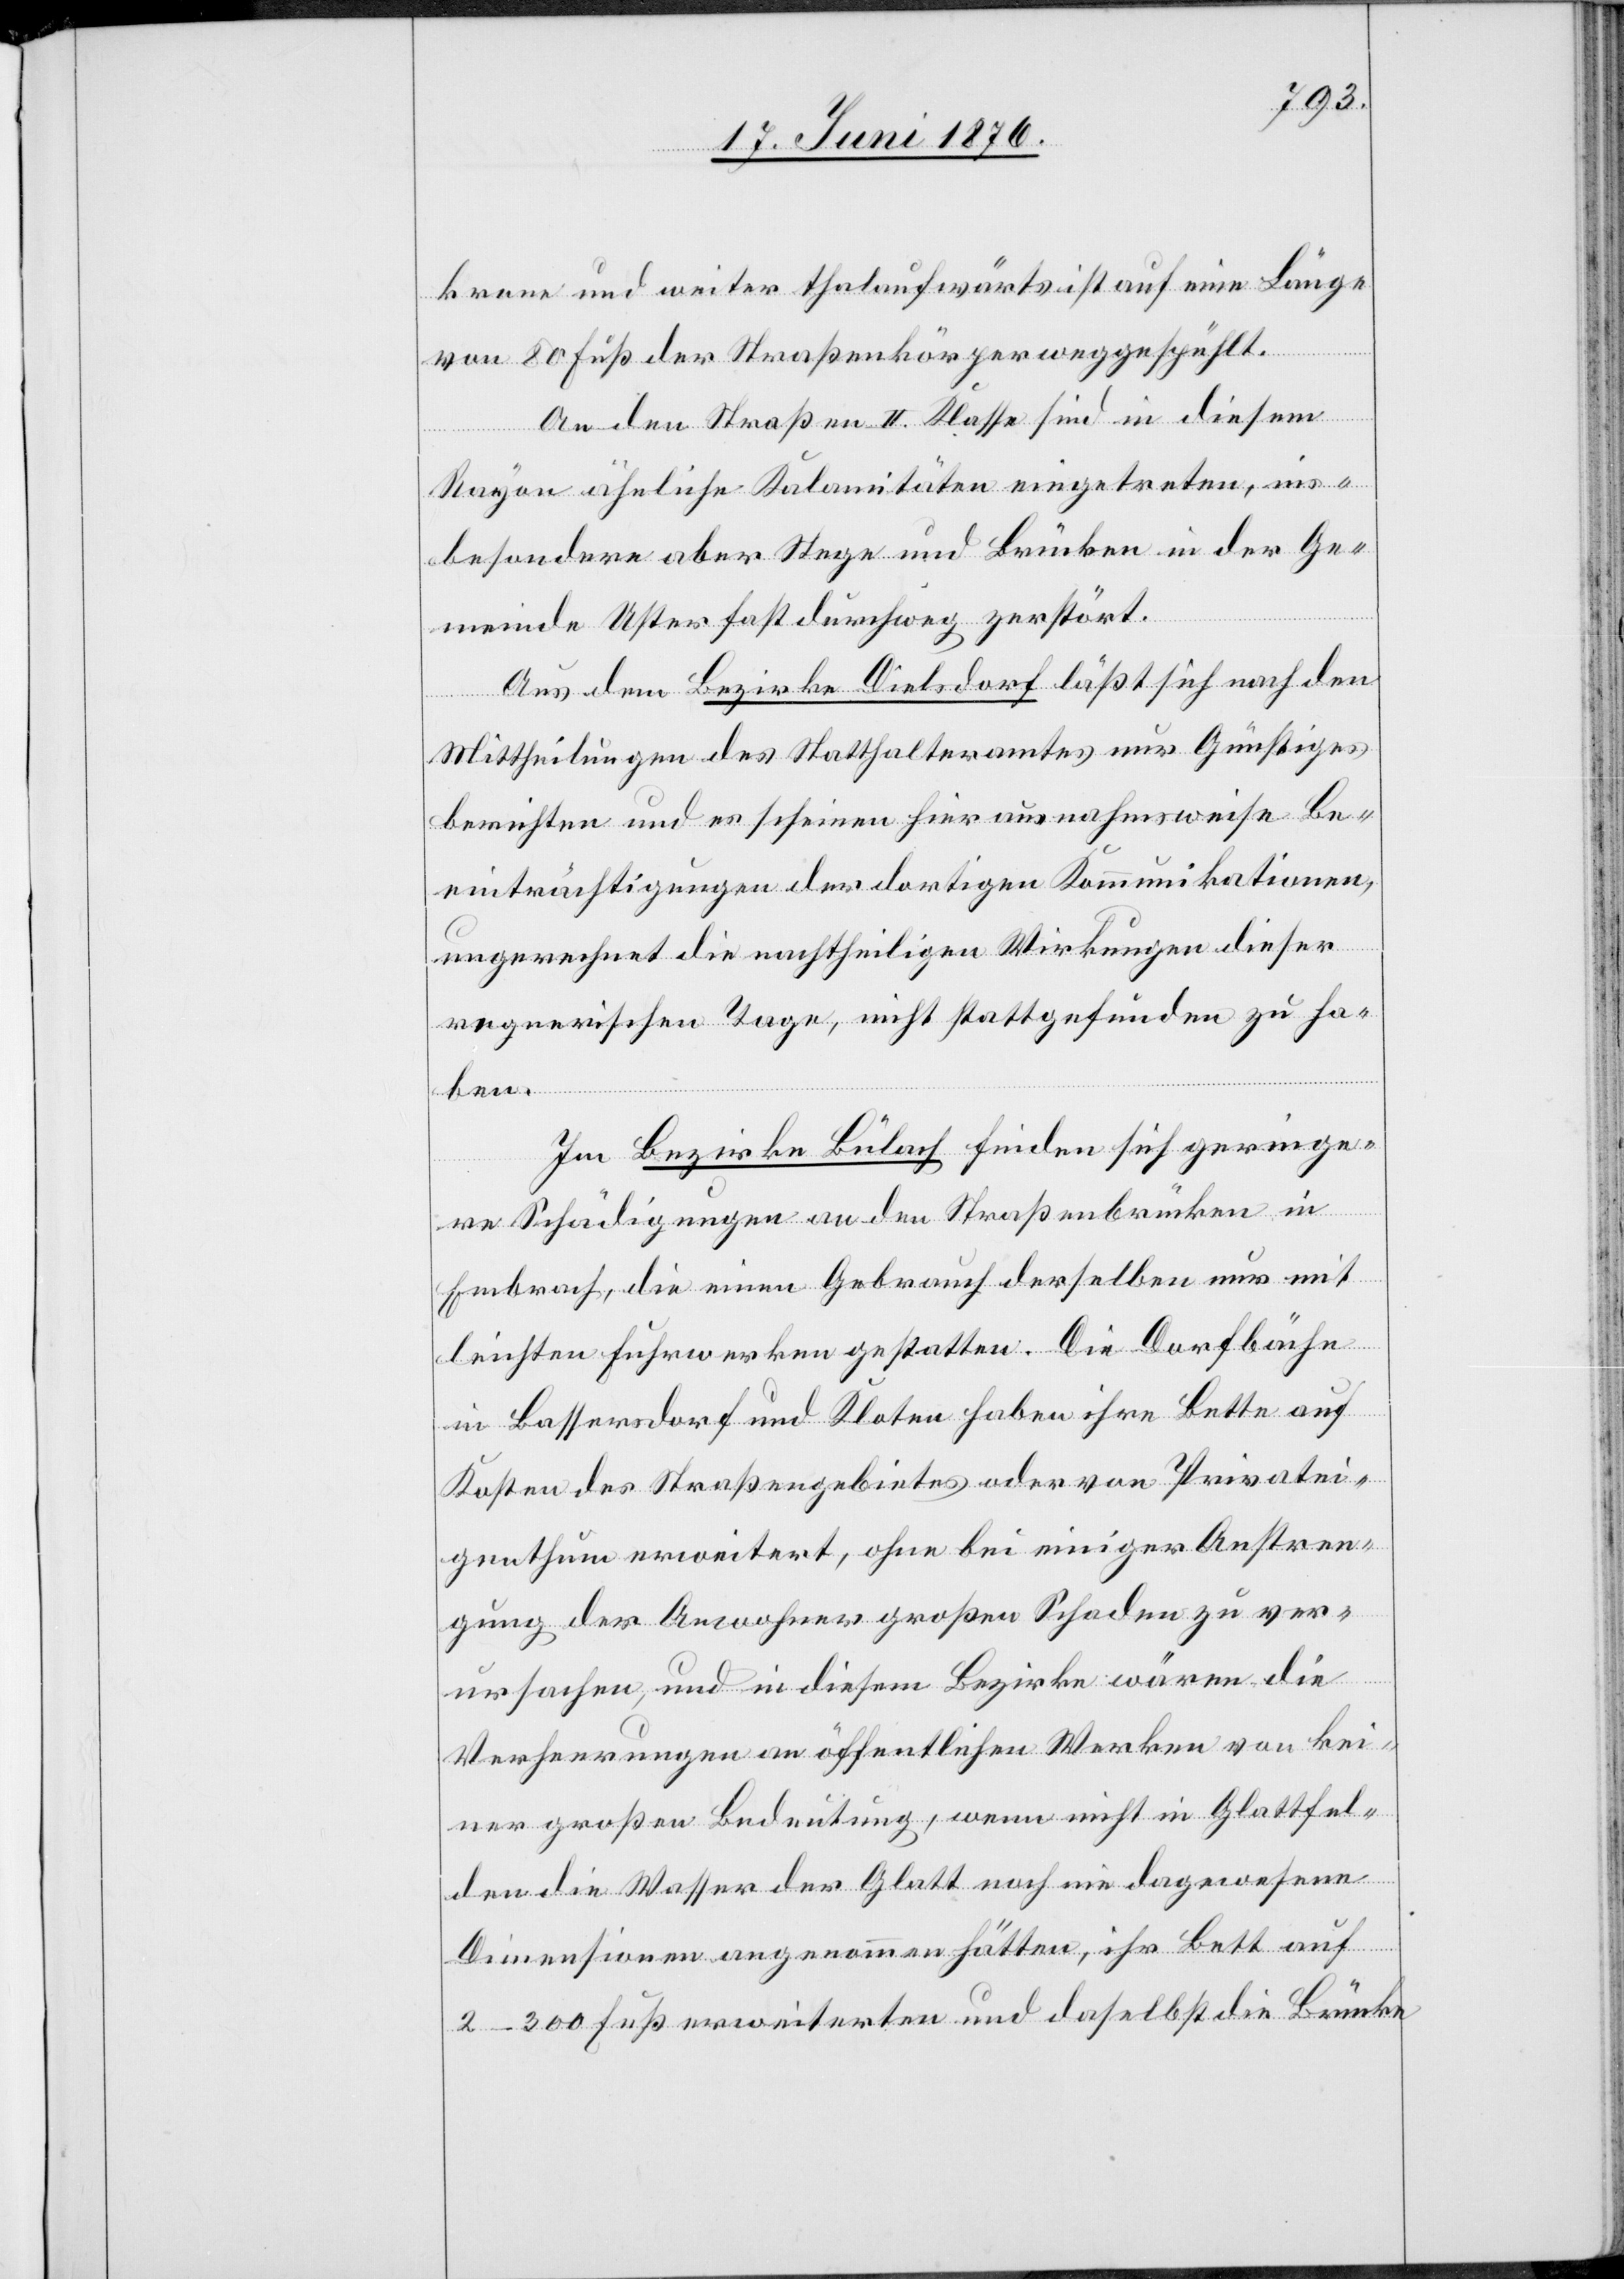
krone und weiter thalaufwärts ist auf eine Länge
von 80 Fuß der Straßenkörper weggespühlt.
An den Straßen II. Klasse sind in diesem
Rayon ähnliche Kalamitäten eingetreten, ins¬
besondere aber Stege und Brücken in der Ge¬
meinde Uster fast durchweg zerstört.
Aus dem Bezirke Dielsdorf läßt sich nach den
Mittheilungen des Statthalteramtes nur Günstiges
berichten und es scheinen hier ausnahmsweise Be¬
einträchtigungen der dortigen Kommunikationen,
ungerechnet die nachtheiligen Wirkungen dieser
regnerischen Tage, nicht stattgefunden zu ha¬
ben.
Im Bezirke Bülach finden sich geringe¬
re Schädigungen an den Straßenbrücken in
Embrach, die einen Gebrauch derselben nur mit
leichten Fuhrwerken gestatten. Die Dorfbäche
in Bassersdorf und Kloten haben ihre Latte auf
Kosten des Straßengebietes oder von Privatei¬
genthum erweitert, ohne bei einiger Anstren¬
gung der Anwohner großen Schaden zu ver¬
ursachen, und in diesem Bezirke wären die
Verheerungen an öffentlichen Werken von kei¬
ner großen Bedeutung, wenn nicht in Glattfel¬
den die Wasser der Glatt noch nie dagewesene
Dimensionen angenommen hätten, ihr Bett auf
2–300 Fuß erweiterten und daselbst die Brücke